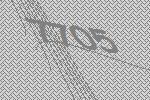
7705